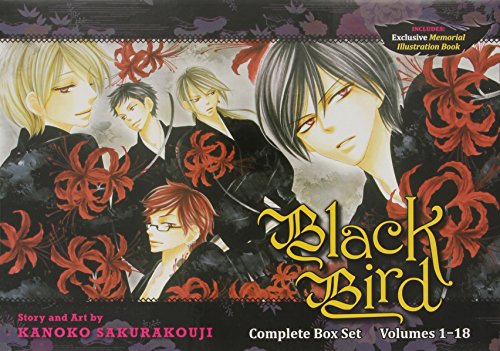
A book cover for Black Bird Complete Box Set: Volumes 1-18 with Premium; Kanoko Sakurakouji; Comics & Graphic Novels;